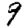
Digit: 9